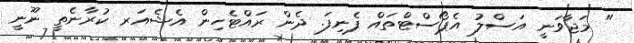
" މަޖާވަނީ އަސްލު އެޕޯސްޓްތައް ފެނިފަ. ދެން ރައްޓެހިން އެޝެއަރ ކުރާނެތީ ނޫނީ